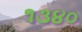
૧૩૪૦